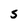
Character: s